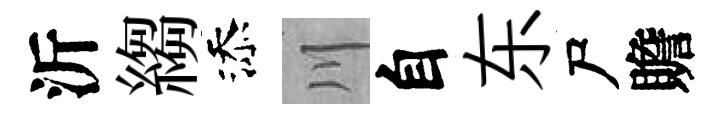
沂縐添川自东尸贍